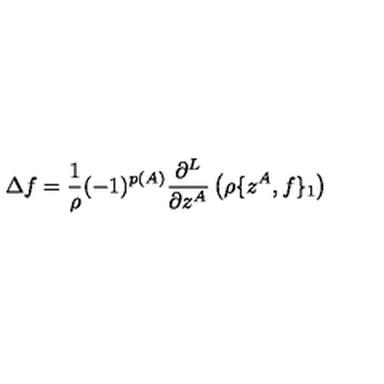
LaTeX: \Delta f = \frac { 1 } { \rho } ( - 1 ) ^ { p ( A ) } \frac { \partial ^ { L } } { \partial z ^ { A } } \left( \rho \{ z ^ { A } , f \} _ { 1 } \right)